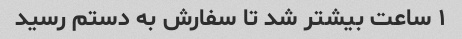
۱ ساعت بیشتر شد تا سفارش به دستم رسید